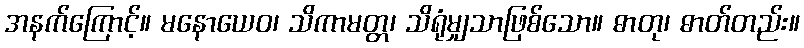
အနက်ကြောင့်။ မနောယေဝ၊ သိကာမတ္တ၊ သိရုံမျှသာဖြစ်သော။ ဓာတု၊ ဓာတ်တည်း။